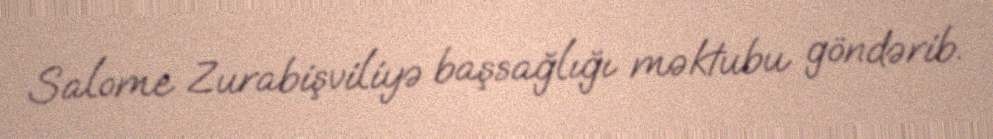
Salome Zurabişviliyə başsağlığı məktubu göndərib.